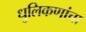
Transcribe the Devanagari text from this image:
धुलिकणांचा